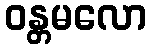
ဝန္တမလော